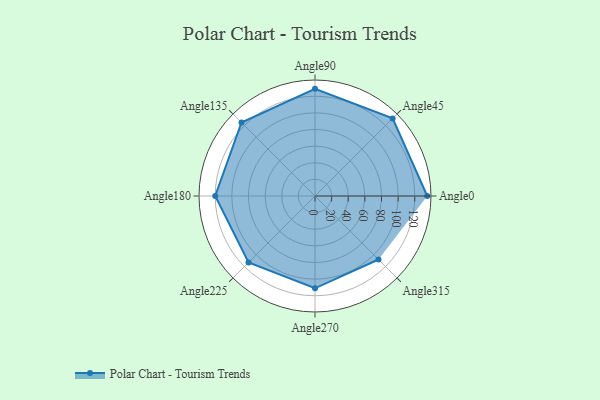
{"axis": {"x": "Angle", "y": "Radius"}, "legend": [""], "data": [{"x": "Angle0", "y": 135.0, "type": ""}, {"x": "Angle45", "y": 132.0, "type": ""}, {"x": "Angle90", "y": 129.0, "type": ""}, {"x": "Angle135", "y": 125.0, "type": ""}, {"x": "Angle180", "y": 120.0, "type": ""}, {"x": "Angle225", "y": 113.0, "type": ""}, {"x": "Angle270", "y": 111.0, "type": ""}, {"x": "Angle315", "y": 108.0, "type": ""}]}